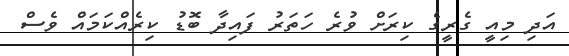
އަދި މިއީ ގެރީގެ ކިރަށް ވުރެ ހަތަރު ފައިދާ ބޮޑު ކިރެއްކަމައް ވެސް